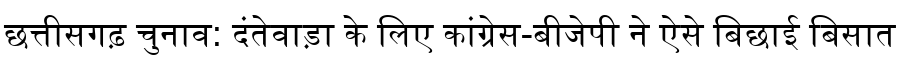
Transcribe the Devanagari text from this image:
छत्तीसगढ़ चुनाव: दंतेवाड़ा के लिए कांग्रेस-बीजेपी ने ऐसे बिछाई बिसात